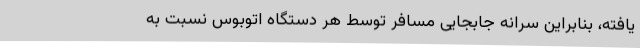
یافته، بنابراین سرانه جابجایی مسافر توسط هر دستگاه اتوبوس نسبت به